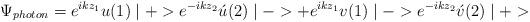
LaTeX: \begin{align*}\Psi_{photon}=e^{ikz_{1}}u(1)\mid+>e^{-ikz_{2}}\acute{u}(2)\mid->+e^{ikz_{1}}v(1)\mid->e^{-ikz_{2}}\acute{v}(2)\mid+>\end{align*}